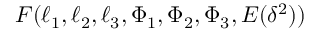
F ( \ell _ { 1 } , \ell _ { 2 } , \ell _ { 3 } , \Phi _ { 1 } , \Phi _ { 2 } , \Phi _ { 3 } , E ( \delta ^ { 2 } ) )